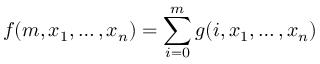
f ( m , x _ { 1 } , \ldots , x _ { n } ) = \sum _ { i = 0 } ^ { m } g ( i , x _ { 1 } , \ldots , x _ { n } )